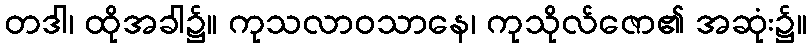
တဒါ၊ ထိုအခါ၌။ ကုသလာဝသာနေ၊ ကုသိုလ်ဇော၏ အဆုံး၌။